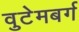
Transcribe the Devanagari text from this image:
वुटेमबर्ग